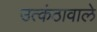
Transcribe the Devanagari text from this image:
उत्कंठावाले